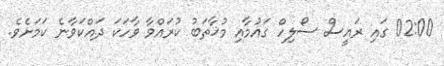
02:00 ގައި ރައީސް ސޯލިހް ގައުމާއި މުޚާތަބު ކުރައްވާ ވާހަކަ ދައްކަވާނެ ކަމަށެވެ.